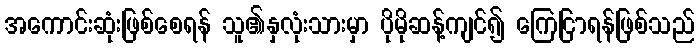
အကောင်းဆုံးဖြစ်စေရန် သူ၏နှလုံးသားမှာ ပိုမိုဆန့်ကျင်၍ ကြေငြာရန်ဖြစ်သည်